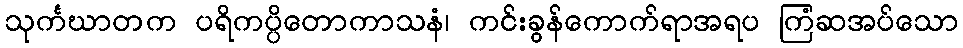
သုင်္ကဃာတက ပရိကပ္ပိတောကာသနံ၊ ကင်းခွန်ကောက်ရာအရပ ကြံဆအပ်သော